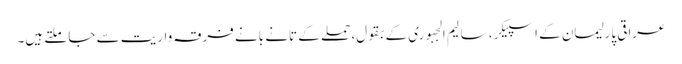
عراقی پارلیمان کے اسپیکر، سالیم الجبوری کے بقول، حملے کے تانے بانے فرقہ واریت سے جا ملتے ہیں۔